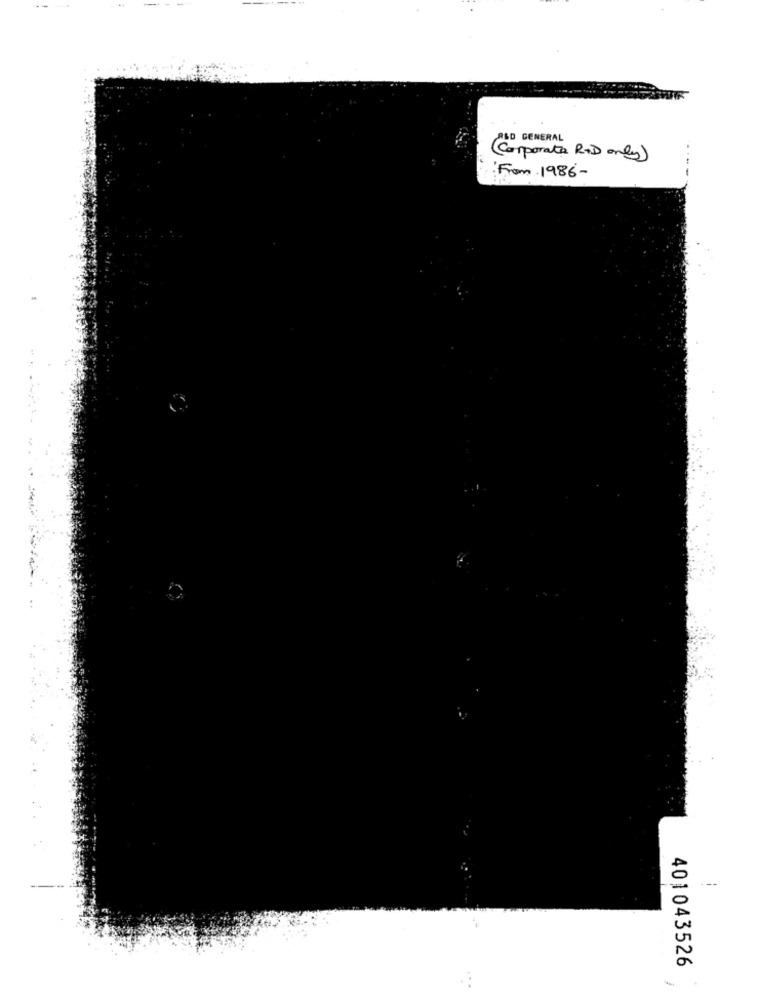
SO GENERAL
(Corporate R&D only)
From 1986-
401043526